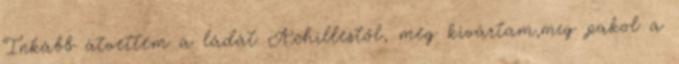
Inkább átvettem a ládát Achillestől, meg kivártam,míg pakol a